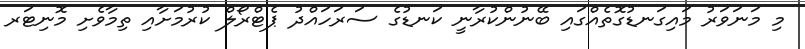
މި މަނަވަރު މައިގަނޑުގޮތެއްގައި ބޭނުންކުރާނީ ކަނޑުގެ ސަރަހައްދު ޕެޓްރޯލް ކުރުމަށާއި ތިމާވެށި މޮނިޓަރ